Indian journal of veterinary science and animal husbandry - Volume 2,
Year: 1932
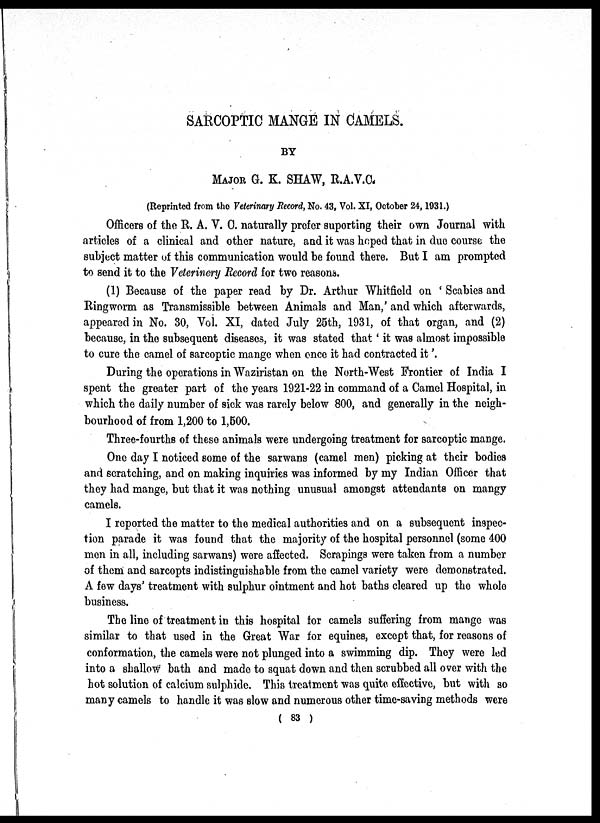
SARCOPTIC MANGE IN CAMELS.
BY
MAJOR G. K. SHAW, R.A.V.C.
(Reprinted from the Veterinary Record, No. 43, Vol. XI, October 24,1931.)
Officers of the R. A. V. C. naturally prefer suporting their own Journal with
articles of a clinical and other nature, and it was hoped that in due course the
subject matter of this communication would be found there. But I am prompted
to send it to the Veterinery Record for two reasons.
(1) Because of the paper read by Dr. Arthur Whitfield on ' Scabies and
Ringworm as Transmissible between Animals and Man,' and which afterwards,
appeared in No. 30, Vol. XI, dated July 25th, 1931, of that organ, and (2)
because, in the subsequent diseases, it was stated that ' it was almost impossible
to cure the camel of sarcoptic mange when once it had contracted it '.
During the operations in Waziristan on the North-West Frontier of India I
spent the greater part of the years 1921-22 in command of a Camel Hospital, in
which the daily number of sick was rarely below 800, and generally in the neigh-
bourhood of from 1,200 to 1,500.
Three-fourths of these animals were undergoing treatment for sarcoptic mange.
One day I noticed some of the sarwans (camel men) picking at their bodies
and scratching, and on making inquiries was informed by my Indian Officer that
they had mange, but that it was nothing unusual amongst attendants on mangy
camels.
I reported the matter to the medical authorities and on a subsequent inspec-
tion parade it was found that the majority of the hospital personnel (some 400
men in all, including sarwans) were affected. Scrapings were taken from a number
of them and sarcopts indistinguishable from the camel variety were demonstrated.
A few days' treatment with sulphur ointment and hot baths cleared up the whole
business.
The line of treatment in this hospital for camels suffering from mange was
similar to that used in the Great War for equines, except that, for reasons of
conformation, the camels were not plunged into a swimming dip. They were led
into a shallow bath and made to squat down and then scrubbed all over with the
hot solution of calcium sulphide. This treatment was quite effective, but with so
many camels to handle it was slow and numerous other time-saving methods were
( 83 )